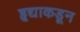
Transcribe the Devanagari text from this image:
हृद्याकडून